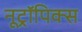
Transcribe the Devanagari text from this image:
नूट्रॉपिक्स